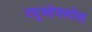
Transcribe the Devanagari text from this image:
ट्यूओफ्लोस